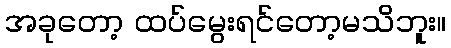
အခုတော့ ထပ်မွေးရင်တော့မသိဘူး။